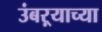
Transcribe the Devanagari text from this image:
उंबऱ्याच्या